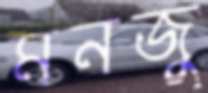
মনজু